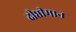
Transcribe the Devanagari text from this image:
दीप्तीमान